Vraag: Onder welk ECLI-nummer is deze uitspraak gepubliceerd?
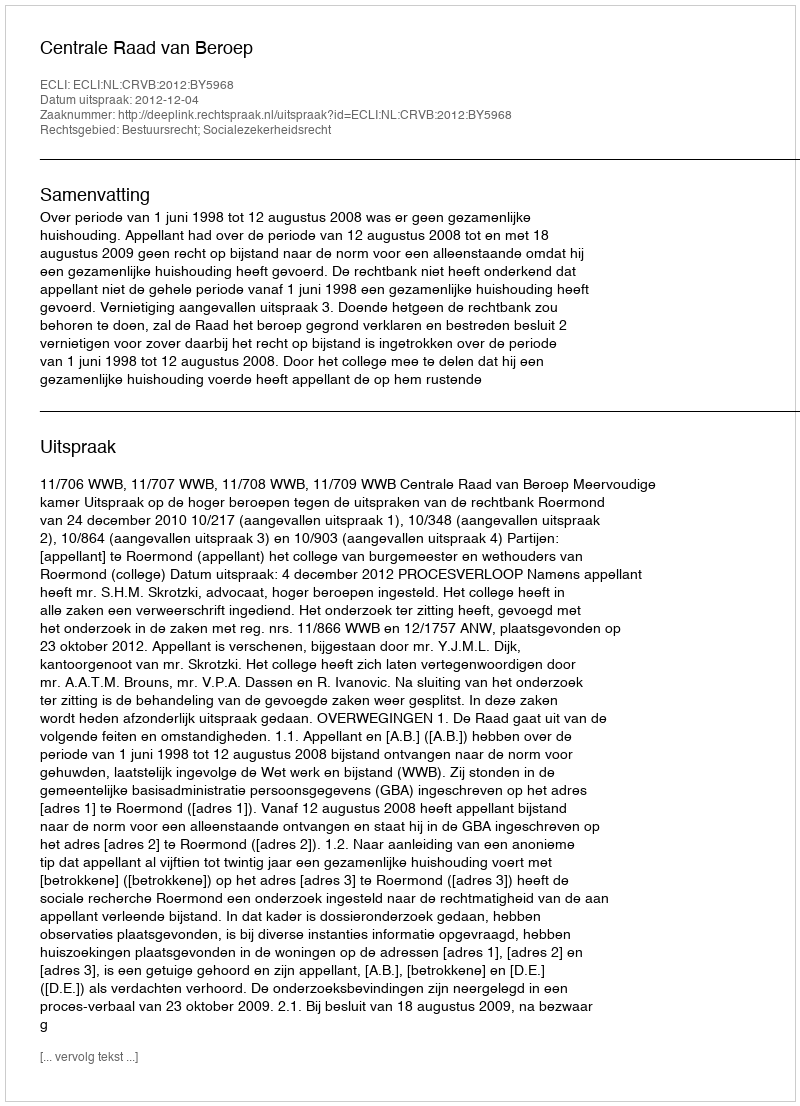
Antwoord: ECLI:NL:CRVB:2012:BY5968